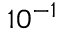
1 0 ^ { - 1 }